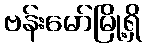
ဗန်းမော်မြို့ရှိ